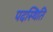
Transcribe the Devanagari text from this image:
पदस्थिति